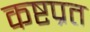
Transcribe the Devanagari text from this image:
कष्टप्रत